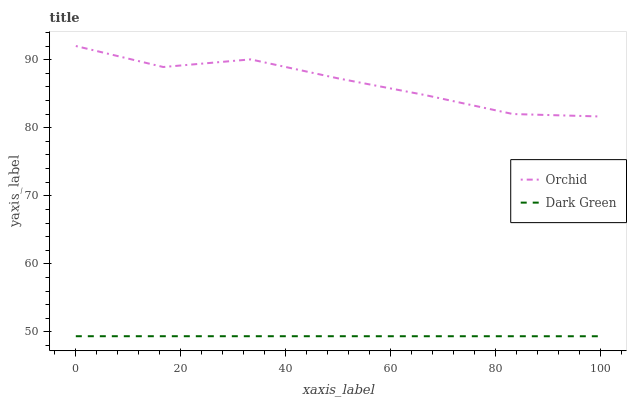
| xaxis_label | Orchid | Dark Green |
 | --- | --- | --- |
 | 0 | 92 | 49.4 |
 | 16.7 | 88.9 | 49.4 |
 | 33.3 | 90 | 49.4 |
 | 50 | 87.2 | 49.4 |
 | 66.7 | 84.8 | 49.4 |
 | 83.3 | 82 | 49.4 |
 | 100 | 81.7 | 49.4 |